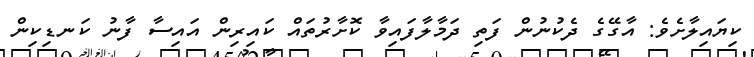
ކިޔައިލާށެވެ: އާގޭގެ ދެކުނުން ފަތި ދަމާލާފައިވާ ކޮށާރުތައް ކައިރިން އައިސާ ފާނު ކަނޑިކިން